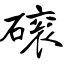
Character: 磙